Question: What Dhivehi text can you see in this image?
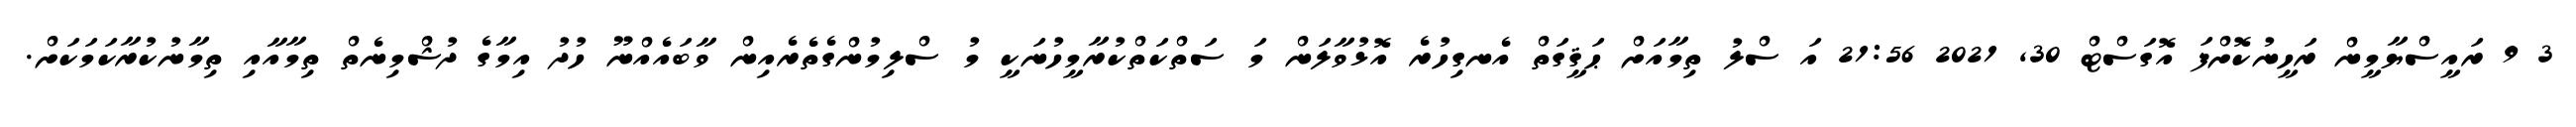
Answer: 3 9 ރައީސްޔާމީން ރަހީނުކޮށްފަ އޮގަސްޓް 30, 2021 21:56 އަ ސްލު ތިމާއަށް ޙަޤީގަތް އެނގިހުރެ އޮޅުވާލަން މަ ސަތްކަތްކުރާމީހުނަކީ މު ސްލިމުންގެތެރެއިން ވާބައެއްނޫ ހުދު އިމާގެ ދުޝްމިނެތް ތިމާއާއި ތިމާނުކުރާކަމަކަށް.